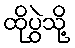
ထိုပွဲသို့